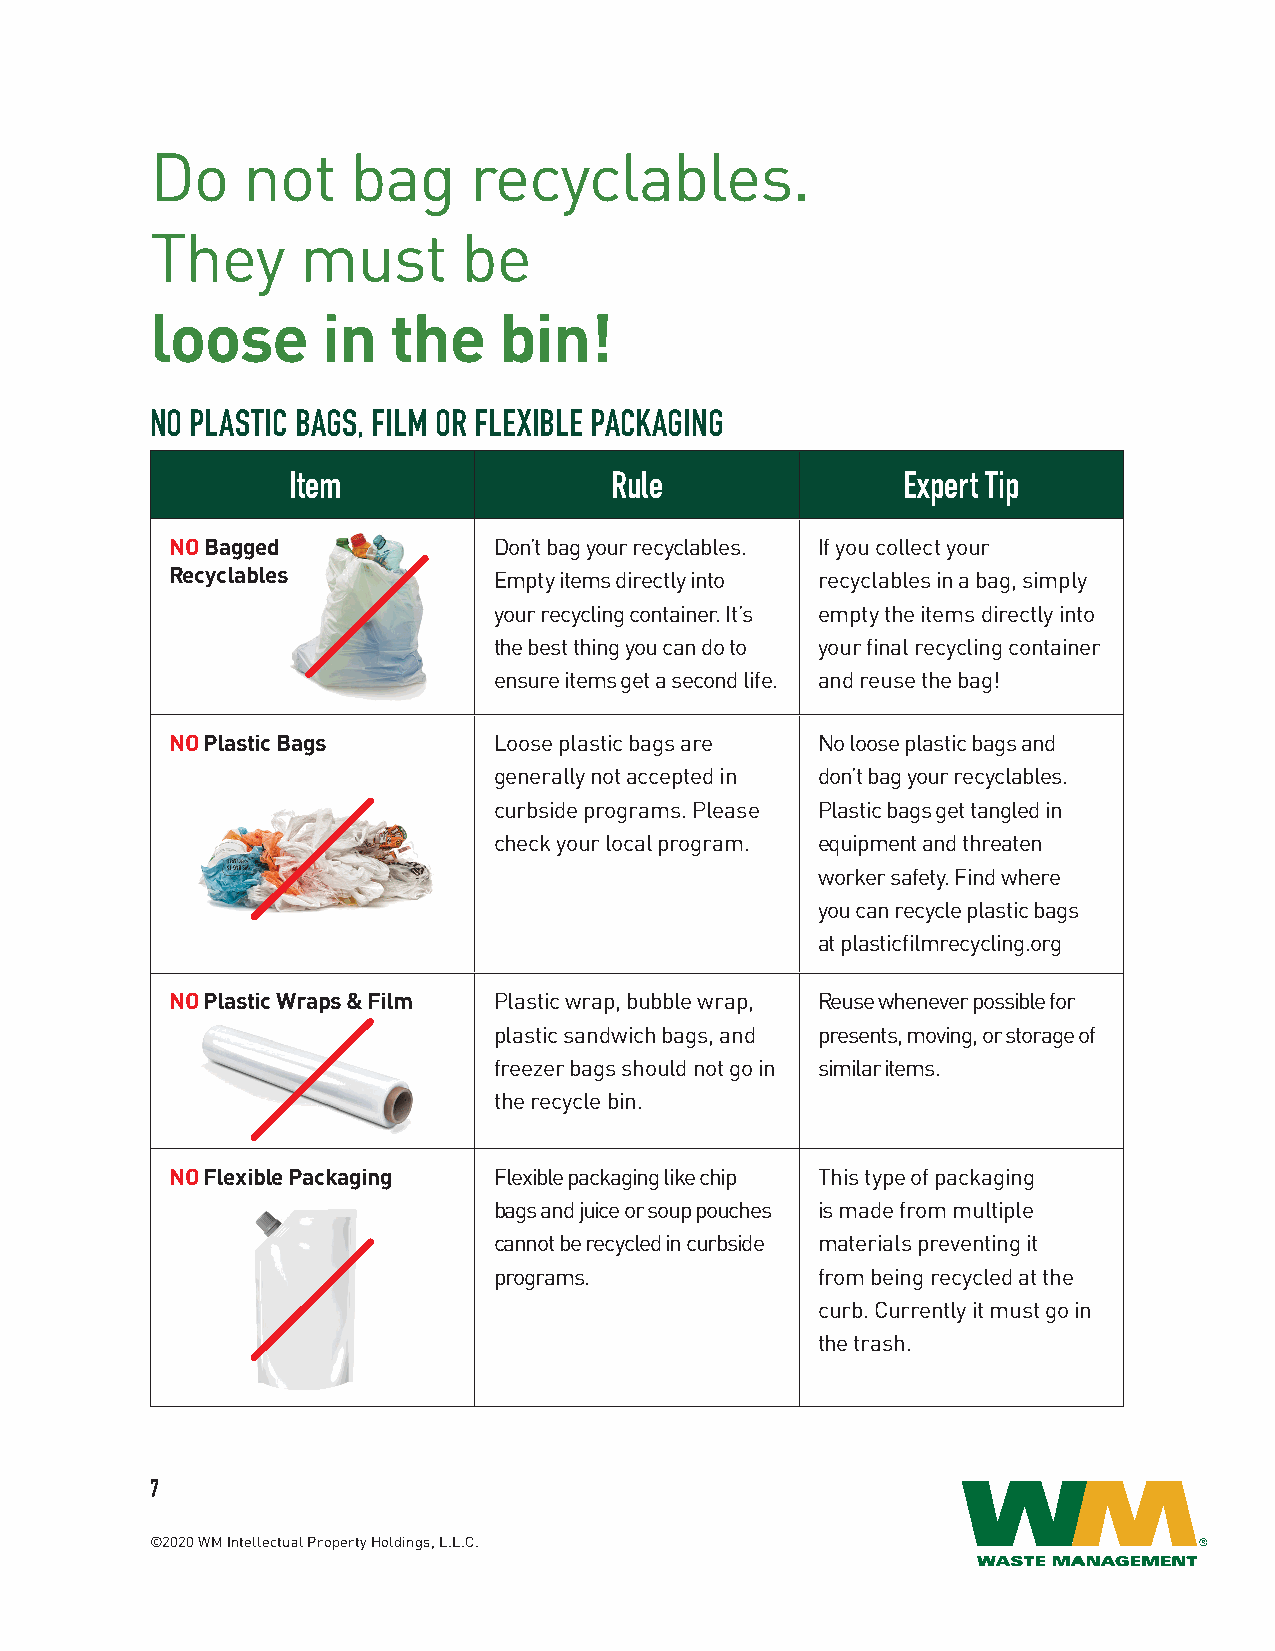
Do    not    bag     recyclables.
 They      must       be
 loose      in   the    bin!
 NO PLASTIC BAGS, FILM OR FLEXIBLE PACKAGING
 Item                 Rule                Expert Tip
 NO Bagged             Don’t bag your recyclables. If you collect your
 Recyclables           Empty items directly into recyclables in a bag, simply
 your recycling container. It’s empty the items directly into
 the best thing you can do to your final recycling container
 ensure items get a second life. and reuse the bag!
 NO Plastic Bags       Loose plastic bags are No loose plastic bags and
 generally not accepted in don’t bag your recyclables.
 curbside programs. Please Plastic bags get tangled in
 check your local program. equipment and threaten
 worker safety. Find where
 you can recycle plastic bags
 at plasticfilmrecycling.org
 NO Plastic Wraps & Film Plastic wrap, bubble wrap, Reuse whenever possible for
 plastic sandwich bags, and presents, moving, or storage of
 freezer bags should not go in similar items.
 the recycle bin.
 NO Flexible Packaging Flexible packaging like chip This type of packaging
 bags and juice or soup pouches is made from multiple
 cannot be recycled in curbside materials preventing it
 programs.            from being recycled at the
 curb. Currently it must go in
 the trash.
 7
 ©2020 WM Intellectual Property Holdings, L.L.C.